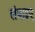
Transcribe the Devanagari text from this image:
लंबाइए